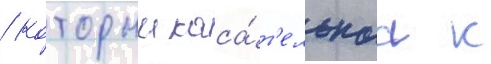
/ которыи каса́т'ельнаа к